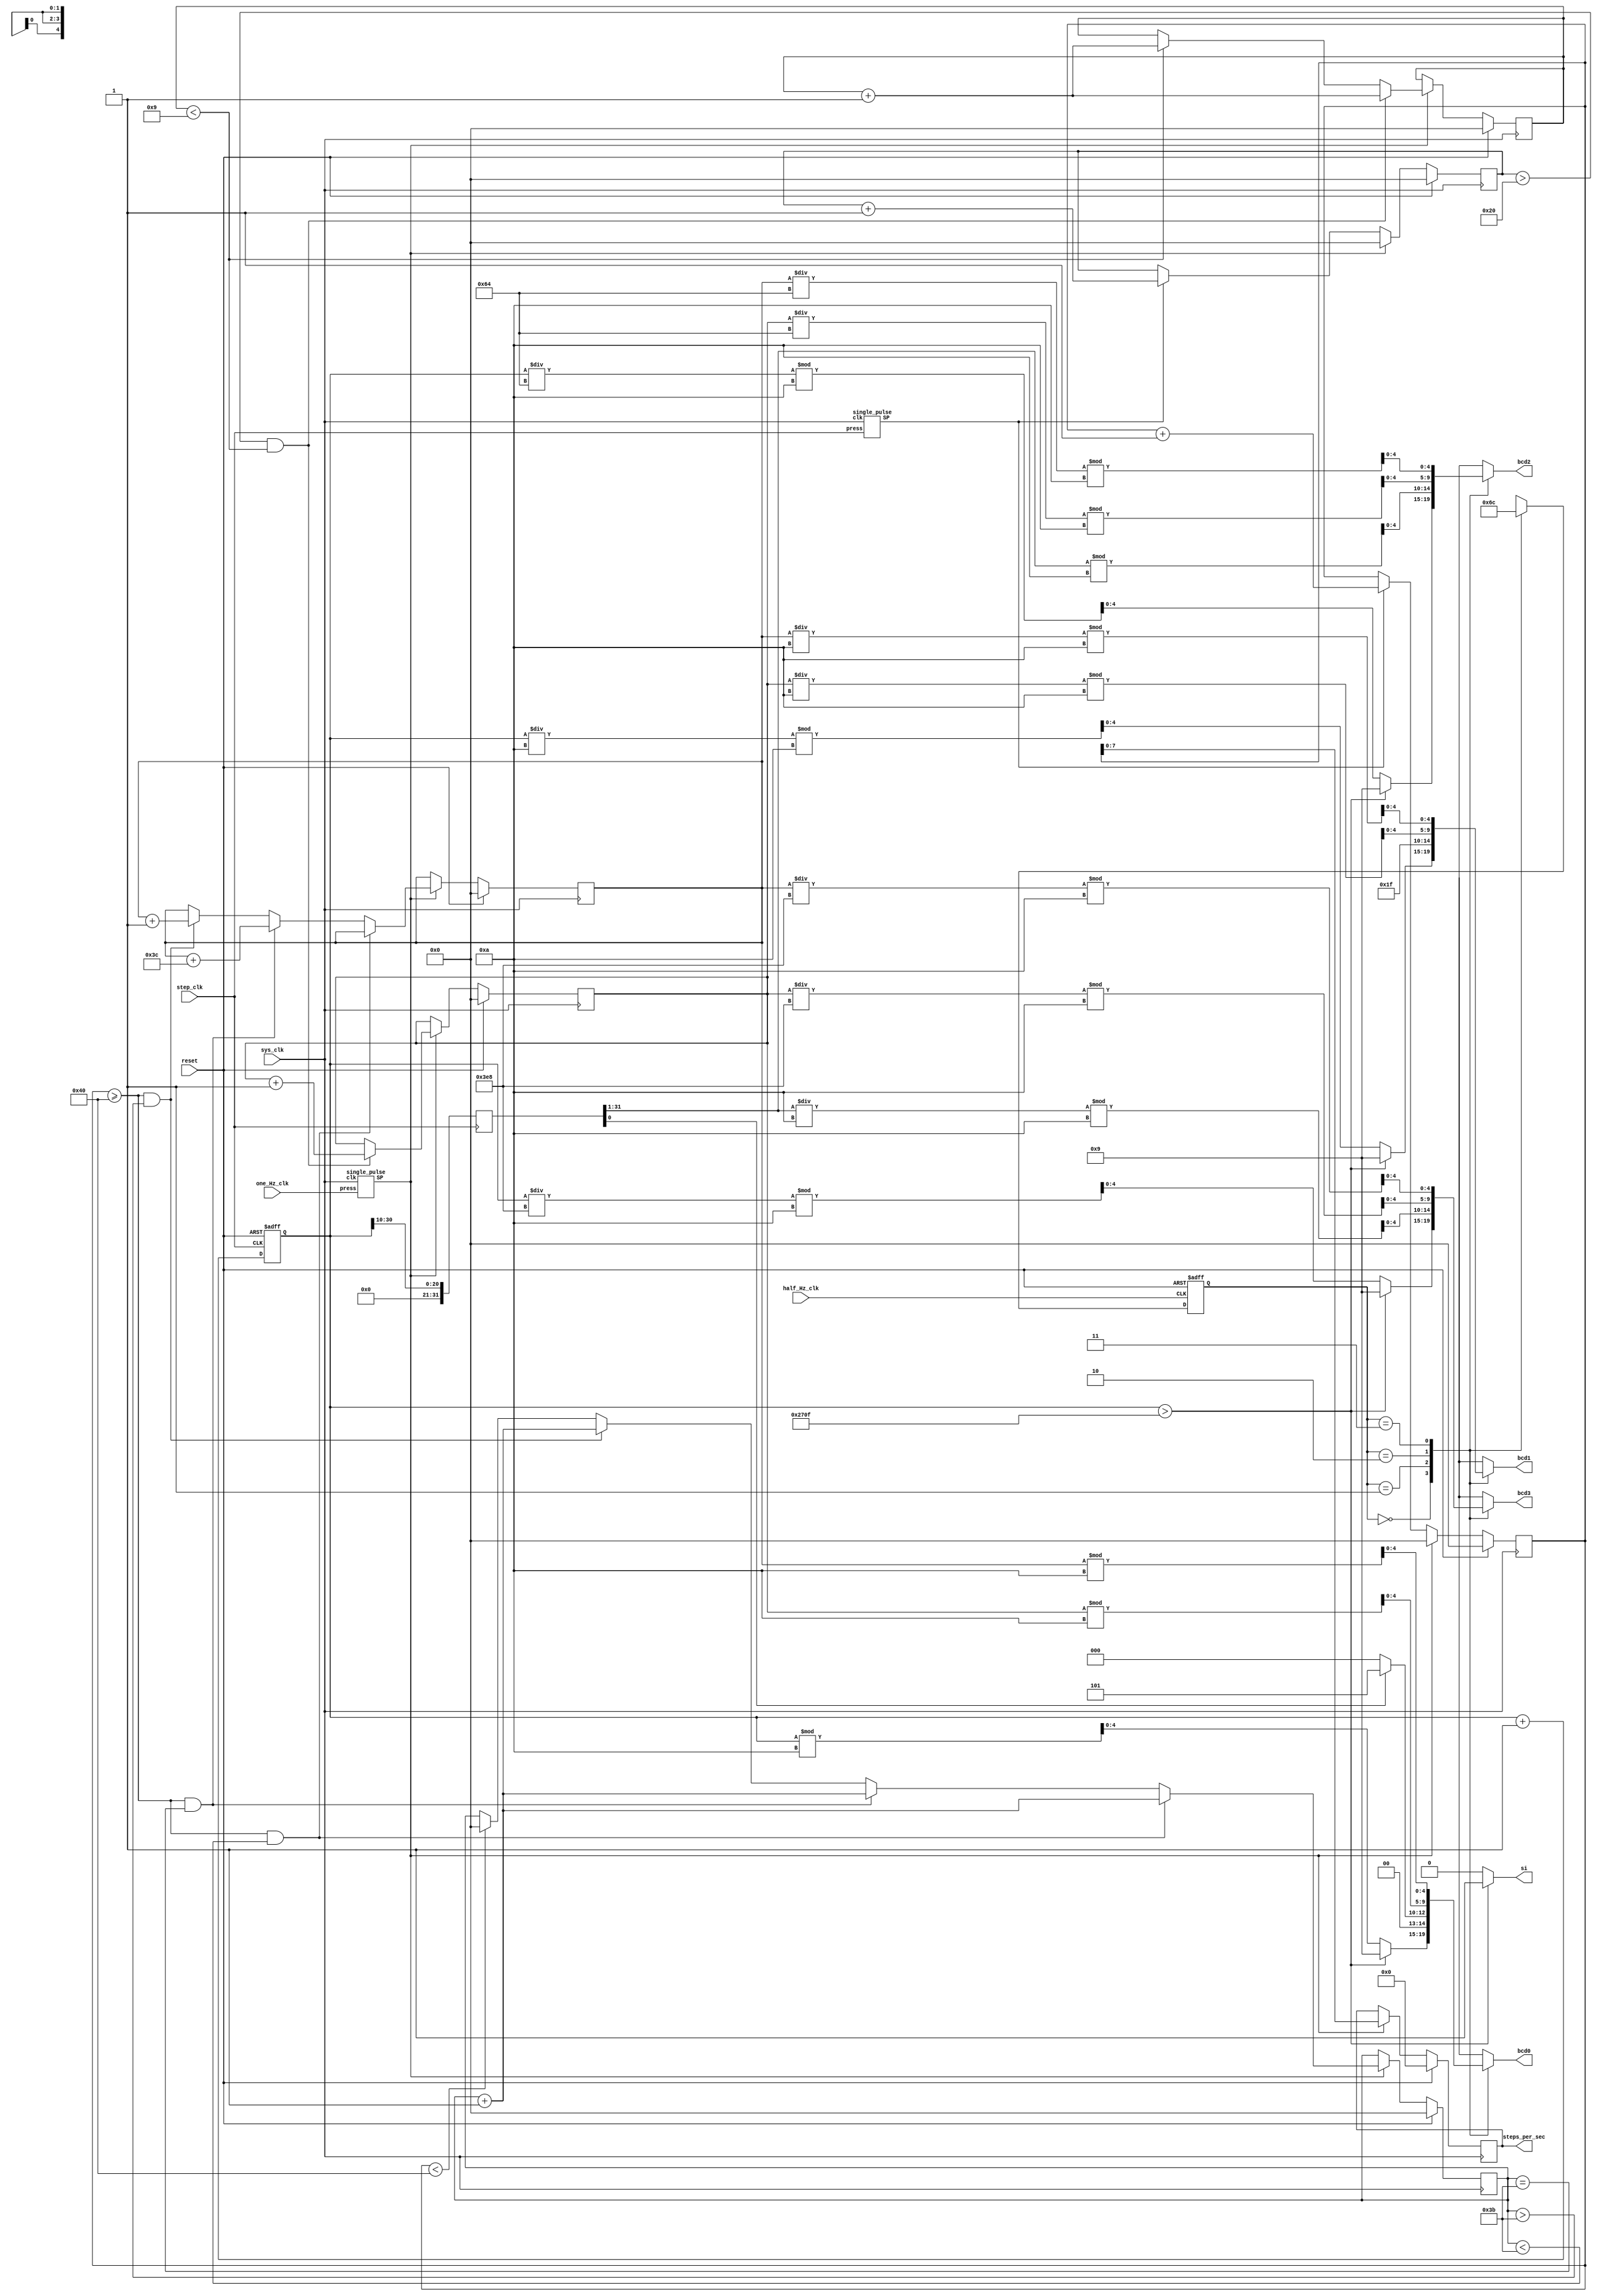
module tracker(step_clk, reset, one_Hz_clk, half_Hz_clk, sys_clk, si, bcd3, bcd2, bcd1, bcd0, steps_per_sec); 
input step_clk, reset, one_Hz_clk, sys_clk, half_Hz_clk;
output si;
output [4:0] bcd3, bcd2, bcd1, bcd0;
output reg [7:0] steps_per_sec;

reg [30:0] step_counter, steps_in_one_sec_counter, second_counter, cont_sec_of_high_activity, display_reg; 
reg [31:0] shift_register;
reg [3:0] steps_over_32_per_sec_counter;
reg [1:0] state, next_state;
reg [4:0] bcd3, bcd2, bcd1, bcd0;
wire one_Hz_clk_SP, adder_sel, adder_in, clk_sel, first_nine_sec_pulse;
wire cont_sec_sel, cont_sec_in, equals_60_sel, greater_than_60_sel;
wire [4:0] step_counter_bcd3, step_counter_bcd2, step_counter_bcd1, step_counter_bcd0;
wire [4:0] distance_covered_bcd3, distance_covered_bcd2, distance_covered_bcd1, distance_covered_bcd0; 
wire [4:0] steps_over_32_bcd3, steps_over_32_bcd2, steps_over_32_bcd1, steps_over_32_bcd0; 
wire [4:0] high_activity_bcd3, high_activity_bcd2, high_activity_bcd1, high_activity_bcd0; 
wire [30:0] display_reg_in;

/*******Part 1: Total Step Count***********/
always @(posedge step_clk or posedge reset) 
begin
	if(reset == 1'b1) step_counter <= 31'b0;
	else step_counter <= step_counter + 1;
end

assign si = (step_counter > 9999) ?	1'b1 : 1'b0;
assign step_counter_bcd0 = (step_counter > 9999) ? 5'd9 : (step_counter % 10); 
assign step_counter_bcd1 = (step_counter > 9999) ? 5'd9 : ((step_counter/10) % 10);
assign step_counter_bcd2 = (step_counter > 9999) ? 5'd9 : ((step_counter/100) % 10);
assign step_counter_bcd3 = (step_counter > 9999) ? 5'd9 : ((step_counter/1000) % 10);



/***********Part 2: Distance Covered**********/
always @(posedge step_clk)
begin
	shift_register <= {11'b0, step_counter[30:10]}; //right shifts the step_counter by 11 bits	
end													//shift_register will hold the whole number of miles in bits [31:1]
													// and the fractional number of miles in bit 0

//the seven segment displays will show distance covered in the form of 0W_F
// where W is the whole number of miles and F is the fractional number of miles								
assign distance_covered_bcd3 = (shift_register[31:1]/10) % 10;
assign distance_covered_bcd2 = shift_register[31:1] % 10; //whole number of miles
assign distance_covered_bcd1 = 5'h1F; //displays a "_"
assign distance_covered_bcd0 = (shift_register[0] == 1'b1) ? 5'd5 : 5'd0;



/**********Part 3: Steps Over 32/sec ***********/


/* attempt 1
always @(posedge step_clk or posedge reset or posedge one_Hz_clk_SP)  //steps in one sec counter
begin
	if(reset == 1'b1) steps_in_one_sec_counter <= 31'b0;
	else if(one_Hz_clk_SP) steps_in_one_sec_counter <= 31'b0;
	else steps_in_one_sec_counter <= steps_in_one_sec_counter + 1;
end

always @(posedge one_Hz_clk_SP or posedge reset) //up to 9 sec counter
begin
	if(reset == 1'b1) up_to_nine_sec_counter <= 31'b0;
	else up_to_nine_sec_counter <= up_to_nine_sec_counter + 1;
end

always @(posedge first_nine_sec_pulse or posedge reset) //how many of first nine secs had activity over 32 steps per sec
begin
	if(reset == 1'b1) steps_over_32_per_sec_counter <= 4'b0;
	else steps_over_32_per_sec_counter <= steps_over_32_per_sec_counter + adder_in;
end

assign adder_sel = (steps_in_one_sec_counter > 32) ? 1'b1 : 1'b0;
assign clk_sel = (up_to_nine_sec_counter < 9) ? 1'b1 : 1'b0;
assign adder_in = adder_sel ? 1'b1 : 1'b0;
assign first_nine_sec_pulse = clk_sel ? one_Hz_clk_SP : 1'b0;

assign steps_over_32_bcd0 = steps_over_32_per_sec_counter % 10; 
assign steps_over_32_bcd1 = (steps_over_32_per_sec_counter/10) % 10;
assign steps_over_32_bcd2 = (steps_over_32_per_sec_counter/100) % 10;
assign steps_over_32_bcd3 = (steps_over_32_per_sec_counter/1000) % 10;
*/
/*
//attempt 2
reg [30:0] steps_in_prev_sec;
reg [30:0] second_counter;
reg [30:0] num_steps_over_32_per_sec;
wire [30:0] num_steps_in;

always @(posedge step_clk or posedge reset or posedge one_Hz_clk_SP)  //steps in one sec counter
begin
	if(reset == 1'b1) steps_in_one_sec_counter <= 31'b0;
	else if(one_Hz_clk_SP) steps_in_one_sec_counter <= 31'b0;
	else steps_in_one_sec_counter <= steps_in_one_sec_counter + 1;
end

always @(posedge one_Hz_clk_SP or posedge reset)
begin
	if(reset == 1'b1) steps_in_prev_sec <= 31'b0;
	else steps_in_prev_sec <= steps_in_one_sec_counter;
end

always @(posedge one_Hz_clk_SP or posedge reset)
begin
	if(reset == 1'b1) second_counter <= 31'b0;
	else second_counter <= second_counter + 1;
end

always @(posedge one_Hz_clk_SP or posedge reset)
begin
	if(reset == 1'b1)  num_steps_over_32_per_sec <= 31'b0;
	else num_steps_over_32_per_sec <= num_steps_in;
end

assign num_steps_in = ((steps_in_prev_sec > 32) && (second_counter < 9)) + num_steps_over_32_per_sec;

assign steps_over_32_bcd0 = num_steps_over_32_per_sec % 10; 
assign steps_over_32_bcd1 = (num_steps_over_32_per_sec/10) % 10;
assign steps_over_32_bcd2 = (num_steps_over_32_per_sec/100) % 10;
assign steps_over_32_bcd3 = (num_steps_over_32_per_sec/1000) % 10;
*/


//attempt 3
wire step_clk_SP;
reg [30:0] num_steps_over_32_per_sec;
single_pulse step_single_pulser(sys_clk, step_clk, step_clk_SP); //synchronizes the step pulses with the system clk
single_pulse single_pulser(sys_clk, one_Hz_clk, one_Hz_clk_SP); // sys clk length pulse generated for 1 hz clk posedge 
always @(posedge sys_clk)
begin
	if(reset) begin
		second_counter <= 31'b0;
		num_steps_over_32_per_sec <= 31'b0;
		steps_in_one_sec_counter <= 31'b0;
	end
	
	else if(one_Hz_clk_SP) begin //every second, do the following
		if((steps_in_one_sec_counter > 32) && second_counter < 9) begin
			second_counter <= second_counter + 1;
			num_steps_over_32_per_sec <= num_steps_over_32_per_sec + 1;
			steps_in_one_sec_counter <= 31'b0;
		end 
		else if(second_counter < 9) begin
			second_counter <= second_counter + 1;
			steps_in_one_sec_counter <= 31'b0;
		end
		else steps_in_one_sec_counter <= 31'b0;
	end
	
	else if(step_clk_SP) begin
		steps_in_one_sec_counter <= steps_in_one_sec_counter + 1;
	end

end

assign steps_over_32_bcd0 = num_steps_over_32_per_sec % 10; 
assign steps_over_32_bcd1 = (num_steps_over_32_per_sec/10) % 10;
assign steps_over_32_bcd2 = (num_steps_over_32_per_sec/100) % 10;
assign steps_over_32_bcd3 = (num_steps_over_32_per_sec/1000) % 10;
		
			
			


/*****************Part 4: High Activity Time Greater than Threshold************/
/*
//attempt 1
always @(posedge one_Hz_clk_SP or posedge reset) 
begin
	if(reset == 1'b1) cont_sec_of_high_activity <= 31'b0;
	else cont_sec_of_high_activity <= cont_sec_in;
end

always @(posedge one_Hz_clk_SP or posedge reset)
begin
	if(reset == 1'b1) display_reg <= 31'b0;
	else display_reg <= display_reg_in;
end


assign cont_sec_sel = (steps_in_one_sec_counter >= 64) ? 1'b1 : 1'b0;
assign cont_sec_in = cont_sec_sel ? (cont_sec_of_high_activity + 1) : 31'b0;
assign equals_60_sel = (cont_sec_of_high_activity == 60) ? 1'b1 : 1'b0;
assign greater_than_60_sel = (cont_sec_of_high_activity > 60) ? 1'b1 : 1'b0;
assign display_reg_in = greater_than_60_sel ? (display_reg + 1) : (equals_60_sel ? (display_reg + 60) : display_reg);

assign high_activity_bcd0 =  display_reg % 10;
assign high_activity_bcd1 = (display_reg/10) % 10;
assign high_activity_bcd2 = (display_reg/100) % 10;
assign high_activity_bcd3 = (display_reg/1000) % 10;

*/

//attempt 2
reg [30:0] num_steps_ge_64_per_sec, steps_in_one_sec_counter_part4, high_activity_display_reg;
always @(posedge sys_clk)
begin
	if(reset) begin
		steps_in_one_sec_counter_part4 <= 31'b0;
		num_steps_ge_64_per_sec <= 31'b0;
		high_activity_display_reg <= 31'b0;
		steps_per_sec <= 8'b0;
	end
	
	else if(one_Hz_clk_SP) begin //every second, do the following
		steps_per_sec <= steps_in_one_sec_counter_part4;
		if((steps_in_one_sec_counter_part4 >= 64) && (num_steps_ge_64_per_sec < 59)) begin //high activity in progress, less than a min
			num_steps_ge_64_per_sec <= num_steps_ge_64_per_sec + 1;
			steps_in_one_sec_counter_part4 <= 31'b0;
			high_activity_display_reg <= high_activity_display_reg;
		end 
		else if((steps_in_one_sec_counter_part4 >= 64) && (num_steps_ge_64_per_sec == 59)) begin //high activity in progress, exactly one min
			num_steps_ge_64_per_sec <= num_steps_ge_64_per_sec + 1;
			steps_in_one_sec_counter_part4 <= 31'b0;
			high_activity_display_reg <= high_activity_display_reg + 31'd60;
		end
		else if((steps_in_one_sec_counter_part4 >=64) && (num_steps_ge_64_per_sec > 59)) begin //high activity in progress for more than a min
			num_steps_ge_64_per_sec <= num_steps_ge_64_per_sec + 1;
			steps_in_one_sec_counter_part4 <= 31'b0;
			high_activity_display_reg <= high_activity_display_reg + 1;
		end 
		else if((steps_in_one_sec_counter_part4 < 64)) begin //a sec of not high activity has occurred
			num_steps_ge_64_per_sec <= 31'b0;
			steps_in_one_sec_counter_part4 <= 31'b0;
			high_activity_display_reg <= high_activity_display_reg;
		end
		else steps_in_one_sec_counter_part4 <= 31'b0; //default case, I don't think this will ever happen
	end
	
	else if(step_clk_SP) begin
		steps_in_one_sec_counter_part4 <= steps_in_one_sec_counter_part4 + 1;
	end

end

assign high_activity_bcd0 =  high_activity_display_reg % 10;
assign high_activity_bcd1 = (high_activity_display_reg/10) % 10;
assign high_activity_bcd2 = (high_activity_display_reg/100) % 10;
assign high_activity_bcd3 = (high_activity_display_reg/1000) % 10;


/**************Display Changer************/
always @(posedge half_Hz_clk or posedge reset)
begin
	if(reset) state <= 2'b00;
	else state <= next_state;
end

always @(*)
begin

			
	case(state) 
		2'b00: begin
			bcd3 = step_counter_bcd3;
			bcd2 = step_counter_bcd2;
			bcd1 = step_counter_bcd1;
			bcd0 = step_counter_bcd0;
			next_state = 2'b01;
		end
		2'b01: begin
			bcd3 = distance_covered_bcd3;
			bcd2 = distance_covered_bcd2;
			bcd1 = distance_covered_bcd1;
			bcd0 = distance_covered_bcd0;
			next_state = 2'b10;
		end
		2'b10: begin
			bcd3 = steps_over_32_bcd3;
			bcd2 = steps_over_32_bcd2;
			bcd1 = steps_over_32_bcd1;
			bcd0 = steps_over_32_bcd0;
			next_state = 2'b11;
		end
		2'b11: begin
			bcd3 = high_activity_bcd3;
			bcd2 = high_activity_bcd2;
			bcd1 = high_activity_bcd1;
			bcd0 = high_activity_bcd0;
			next_state = 2'b00;
		end
	endcase 
end
			
endmodule



/************Single Pulse*****************/
module AND(a, b, out);
input a, b;
output out;

assign out = a & b;

endmodule

module DFF(clk, d, q, q_bar);
input clk, d;
output q, q_bar;

reg q, q_bar;

always @(posedge clk)
begin
  q <= d;
  q_bar <= ~d;
end

endmodule


module debounce(clk, D, SYNCPRESS);
input clk, D;
output SYNCPRESS;

DFF flop1(clk, D, flop1_Q, unused1);
DFF flop2(clk, flop1_Q, SYNCPRESS, unused2);

endmodule


module single_pulse(clk, press, SP);
input clk, press;
output SP;

debounce debouncer(clk, press, sync_press);
DFF flip_flop(clk, sync_press, unused, q_bar);
AND and_gate(sync_press, q_bar, SP);

endmodule